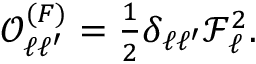
\begin{array} { r } { \mathcal { O } _ { \ell \ell ^ { \prime } } ^ { ( F ) } = \frac { 1 } { 2 } \delta _ { \ell \ell ^ { \prime } } \mathcal { F } _ { \ell } ^ { 2 } . } \end{array}